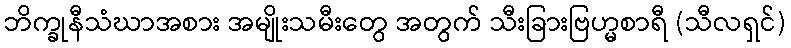
ဘိက္ခုနီသံဃာအစား အမျိုးသမီးတွေ အတွက် သီးခြားဗြဟ္မစာရီ (သီလရှင်)